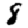
Digit: 8